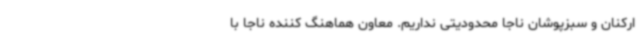
ارکنان و سبزپوشان ناجا محدودیتی نداریم. معاون هماهنگ کننده ناجا با